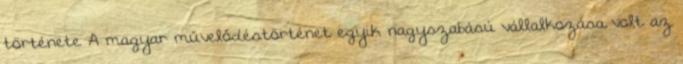
története A magyar művelődéstörténet egyik nagyszabású vállalkozása volt az